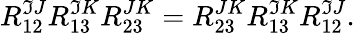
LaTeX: R_{12}^{\mathfrak{I}J}R_{13}^{\mathfrak{I}K}R_{23}^{JK}=R_{23}^{JK}R_{13}^{\mathfrak{I}K}R_{12}^{\mathfrak{I}J}.